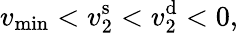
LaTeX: v_{\operatorname*{min}}<v_{2}^{\mathrm{s}}<v_{2}^{\mathrm{d}}<0,